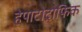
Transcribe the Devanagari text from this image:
हेपाटोट्रोफिक